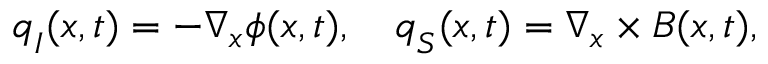
\boldsymbol { q } _ { I } ( \boldsymbol { x } , t ) = - \nabla _ { \boldsymbol { x } } \phi ( \boldsymbol { x } , t ) , \quad \boldsymbol { q } _ { S } ( \boldsymbol { x } , t ) = \nabla _ { \boldsymbol { x } } \times \boldsymbol { B } ( \boldsymbol { x } , t ) ,